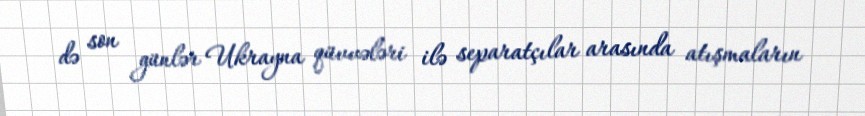
də son günlər Ukrayna qüvvələri ilə separatçılar arasında atışmaların